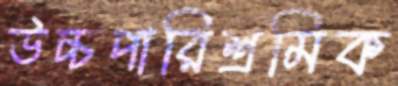
উচ্চপারিশ্রমিক